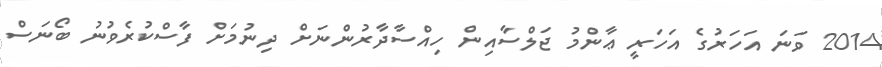
2014 ވަނަ އަހަރުގެ އަހަރީ ޢާންމު ޖަލްސާއިން ހިއްސާދާރުންނަށް ދިނުމަށް ފާސްކުރެވުނު ބޯނަސް